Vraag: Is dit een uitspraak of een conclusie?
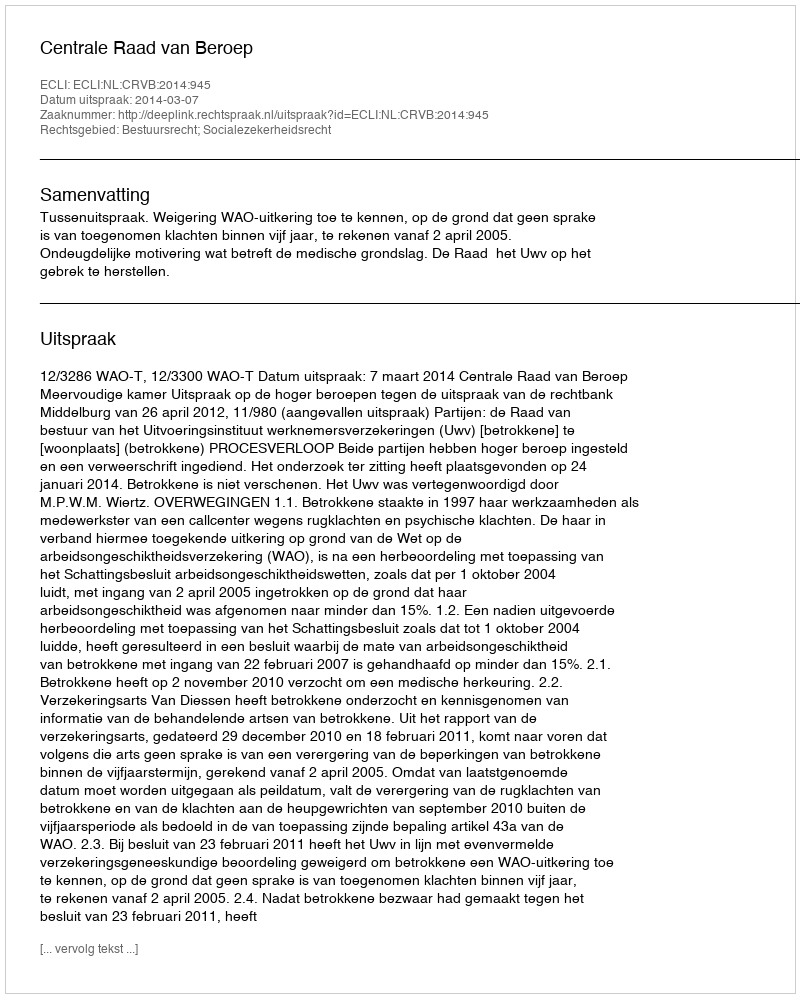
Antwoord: Uitspraak